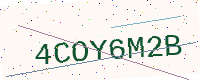
Text: 4COY6M2B